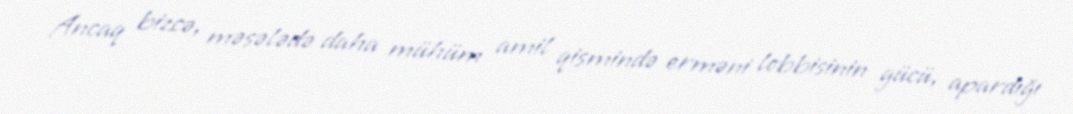
Ancaq bizcə, məsələdə daha mühüm amil qismində erməni lobbisinin gücü, apardığı